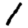
Digit: 1